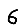
Digit: 6